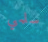
سلمي